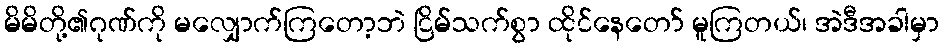
မိမိတို့၏ဂုဏ်ကို မလျှောက်ကြတော့ဘဲ ငြိမ်သက်စွာ ထိုင်နေတော် မူကြတယ်၊ အဲဒီအခါမှာ